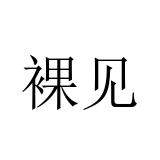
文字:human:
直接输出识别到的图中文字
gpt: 裸见